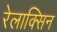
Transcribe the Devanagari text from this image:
रेलाक्सिन